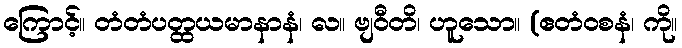
ကြောင့်။ တံတံပတ္ထယမာနာနံ၊ လ။ ဗျဝီတိ၊ ဟူသော။ (ဧတံဝစနံ၊ ကို။